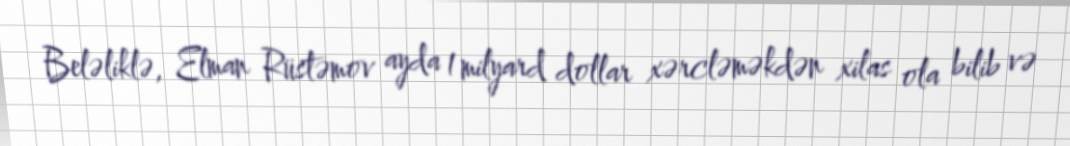
Beləliklə, Elman Rüstəmov ayda 1 milyard dollar xərcləməkdən xilas ola bilib və